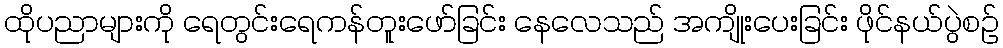
ထိုပညာများကို ရေတွင်းရေကန်တူးဖော်ခြင်း နေလေသည် အကျိုးပေးခြင်း ဖိုင်နယ်ပွဲစဉ်